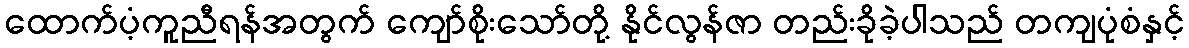
ထောက်ပံ့ကူညီရန်အတွက် ကျော်စိုးသော်တို့ နိုင်လွန်ဇာ တည်းခိုခဲ့ပါသည် တကျပုံစံနှင့်